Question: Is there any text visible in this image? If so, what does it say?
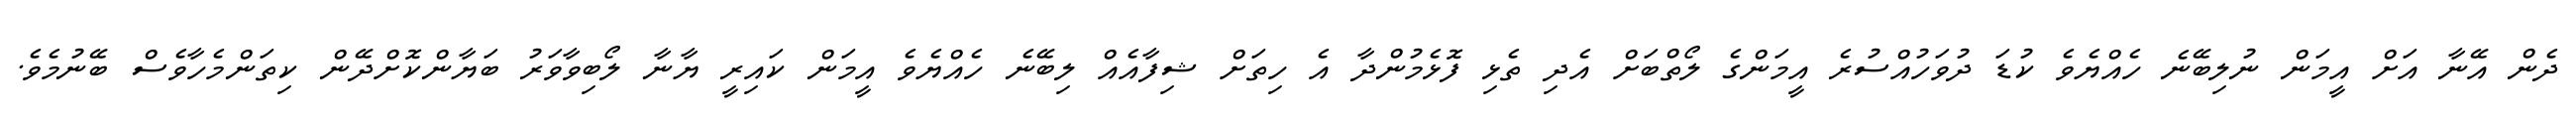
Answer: ދެން އޭނާ އަށް އީމަން ނުލިބޭނެ ހެއްޔެވެ ކުޑަ ދުވަހުއްސުރެ އީމަންގެ ލޯތްބަށް އެދި ތެޅި ފޮޅެމުންދާ އެ ހިތަށް ޝިފާއެއް ލިބޭނެ ހެއްޔެވެ އީމަން ކައިރީ ޔާނާ ލޯބިވާވަރު ބަޔާންކޮށްދޭން ކިތަންމެހާވެސް ބޭނުމެވެ.